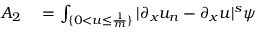
\begin{array} { r l } { A _ { 2 } } & { { } = \int _ { \{ 0 < u \leq \frac { 1 } { m } \} } | \partial _ { x } u _ { n } - \partial _ { x } u | ^ { s } \psi } \end{array}